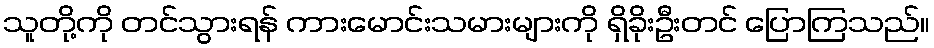
သူတို့ကို တင်သွားရန် ကားမောင်းသမားများကို ရှိခိုးဦးတင် ပြောကြသည်။